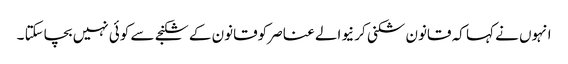
انہوں نے کہا کہ قانون شکنی کر نیوالے عناصر کوقانون کے شکنجے سے کوئی نہیں بچاسکتا ۔